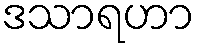
ဒသာရဟာ